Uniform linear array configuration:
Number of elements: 8
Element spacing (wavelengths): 0.75
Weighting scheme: cosine
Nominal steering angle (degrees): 60
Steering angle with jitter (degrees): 58.398
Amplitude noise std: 0.05
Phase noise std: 0.05

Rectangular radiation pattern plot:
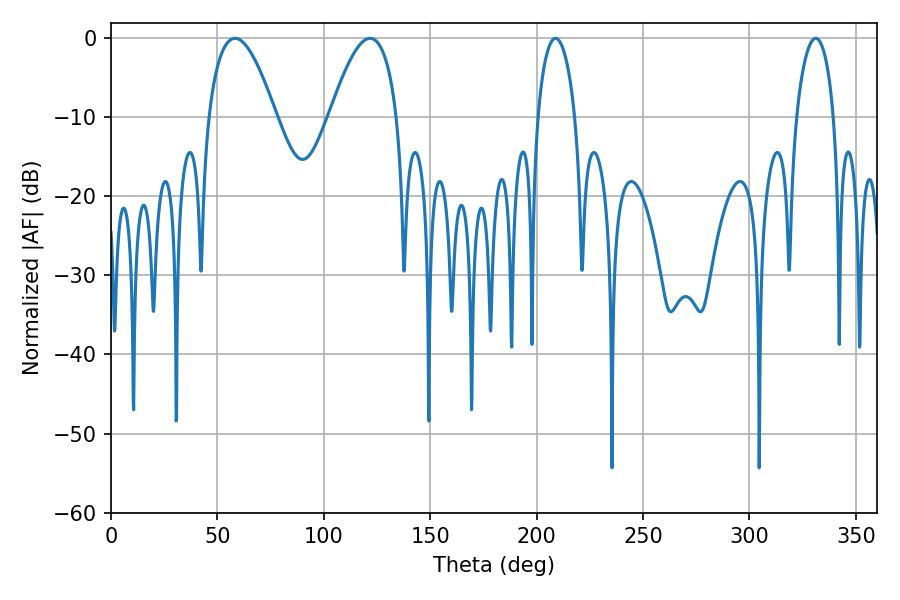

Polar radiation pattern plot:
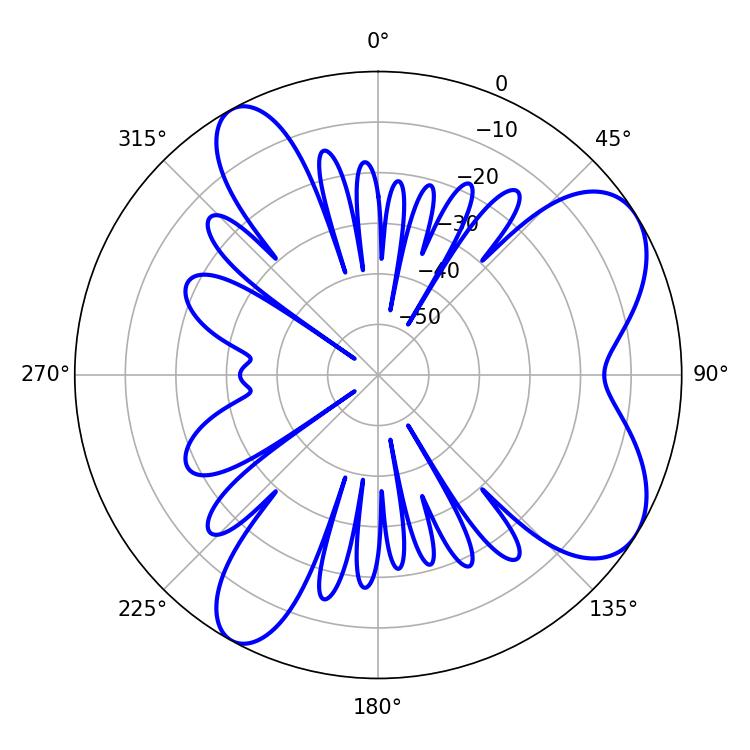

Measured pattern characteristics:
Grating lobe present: TRUE
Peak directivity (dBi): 7.154
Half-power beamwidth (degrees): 17.28
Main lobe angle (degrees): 58.32